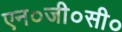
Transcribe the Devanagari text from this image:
एन०जी०सी०